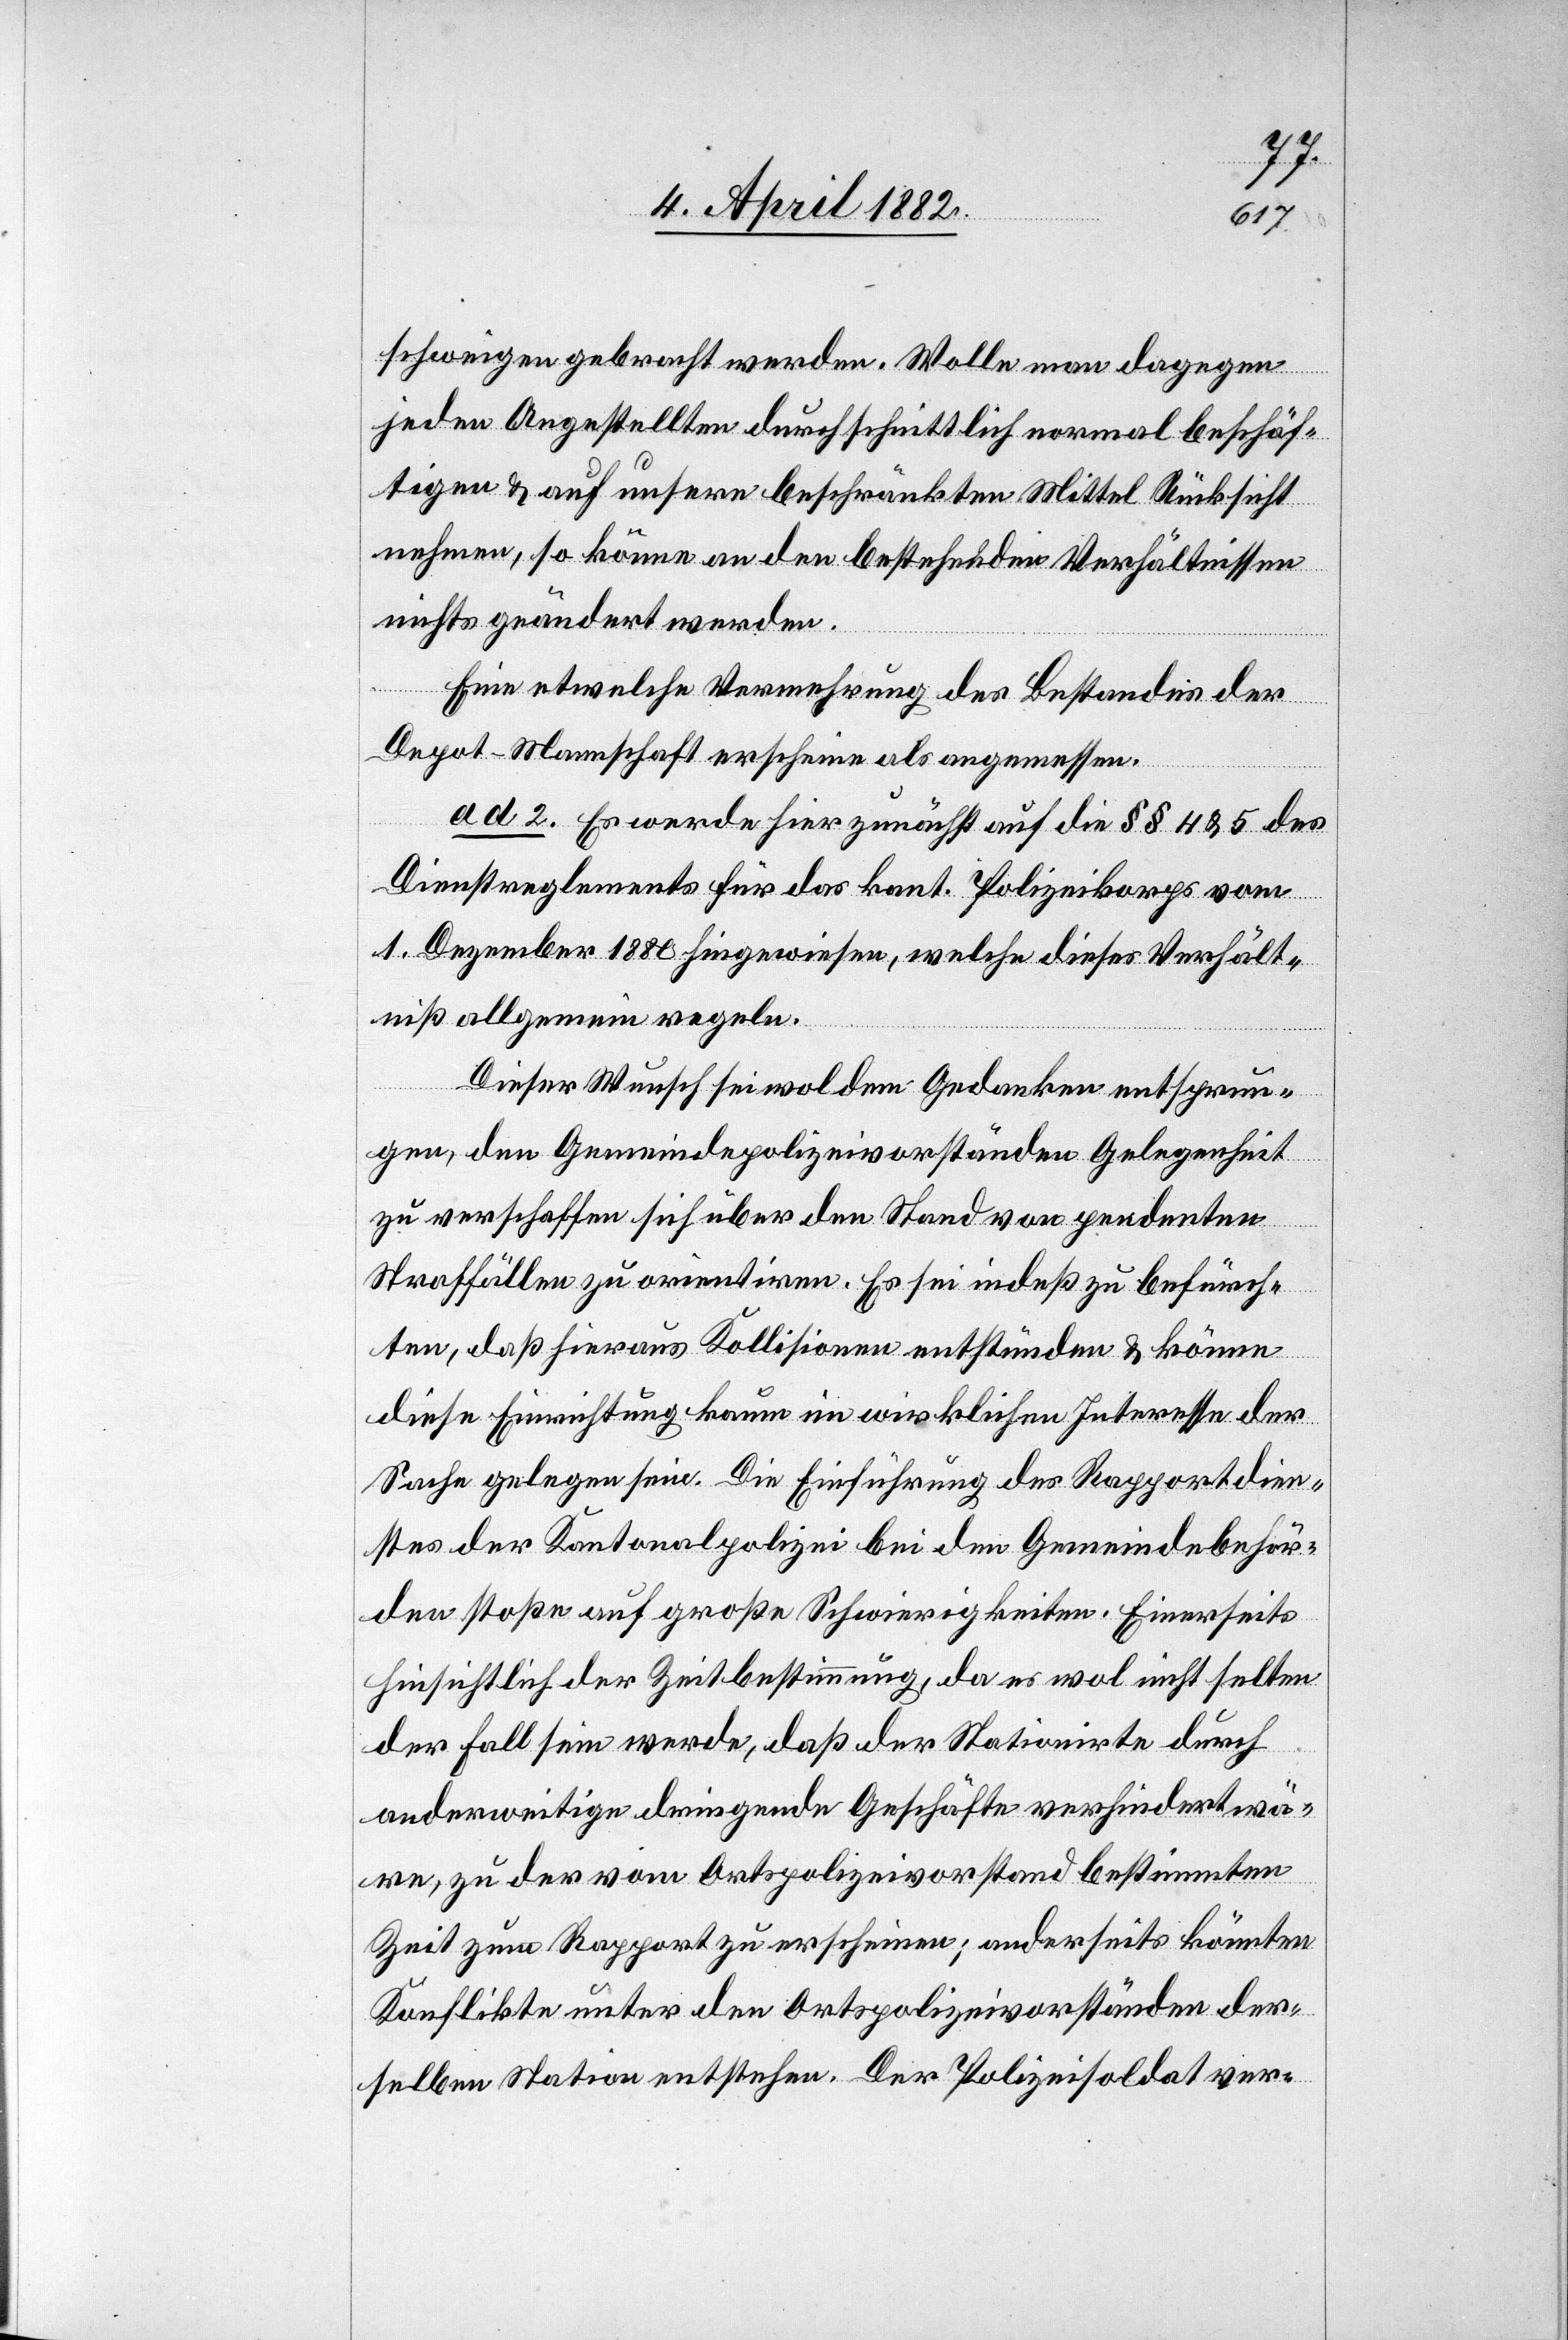
schweigen gebracht werden. Wolle man dagegen
jeden Angestellten durchschnittlich normal beschäf¬
tigen & auf unsere beschränkten Mittel Rücksicht
nehmen, so könne an den bestehenden Verhältnissen
nichts geändert werden.
Eine etwelche Vermehrung des Bestandes der
Depot-Mannschaft erscheine als angemessen.
ad 2. Es werde hier zunächst auf die §§ 4 & 5 des
Dienstreglements für das kant. Polizeikorps vom
1. Dezember 1880 hingewiesen, welche dieses Verhält¬
niß allgemein regeln.
Dieser Wunsch sei wol dem Gedanken entsprun¬
gen, den Gemeindepolizeivorständen Gelegenheit
zu verschaffen sich über den Stand von pendenten
Straffällen zu orientiren. Es sei indeß zu befürch¬
ten, daß hieraus Kollisionen entstünden & könne
diese Einrichtung kaum im wirklichen Interesse der
Sache gelegen sein. Die Einführung des Rapportdien¬
stes der Kantonalpolizei bei den Gemeindebehör¬
den stoße auf große Schwierigkeiten. Einerseits
hinsichtlich der Zeitbestimmung, da es wol nicht selten
der Fall sein werde, daß der Stationirte durch
anderweitige dringende Geschäfte verhindert wä¬
re, zu der vom Ortspolizeivorstand bestimmten
Zeit zum Rapport zu erscheinen; anderseits könnten
Konflikte unter den Ortspolizeivorständen der¬
selben Station entstehen. Der Polizeisoldat ver-